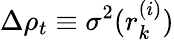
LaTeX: \Delta\rho_{t}\equiv\sigma^{2}(r_{k}^{(i)})